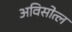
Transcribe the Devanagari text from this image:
अविसोत्ल